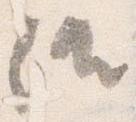
候